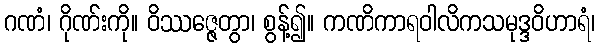
ဂဏံ၊ ဂိုဏ်းကို။ ဝိဿဇ္ဇေတွာ၊ စွန့်၍။ ကဏိကာရဝါလိကသမုဒ္ဒဝိဟာရံ၊